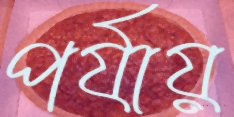
পর্যায়